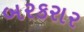
બરકરાર